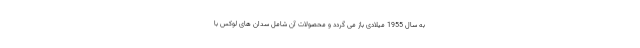
به سال 1955 میلادی باز می گردد و محصولات آن شامل سدان های لوکس با